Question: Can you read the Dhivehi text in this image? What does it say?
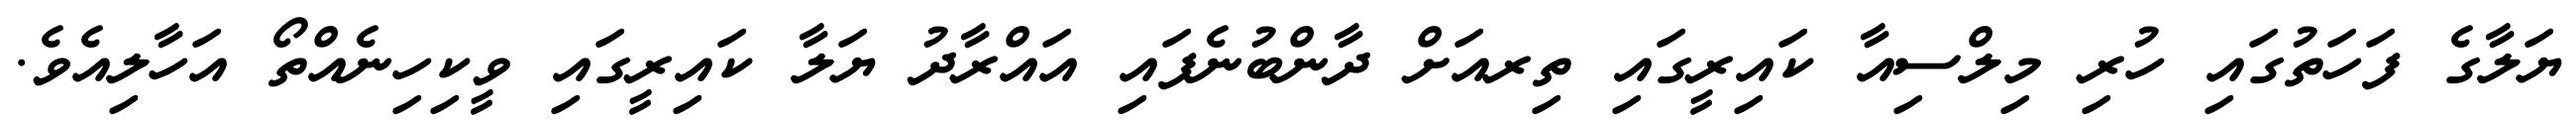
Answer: ޔަލާގެ ފަހަތުގައި ހުރި މިލްސިއާ ކައިރީގައި ތިރއަށް ދާންބުނެފައި އައްރާދު ޔަލާ ކައިރީގައި ވީކިހިނެއްތޯ އަހާލިއެވެ.